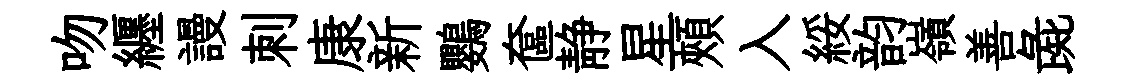
吻纒謾刺康新鸚奩静星頰入綏韵嶺善彘